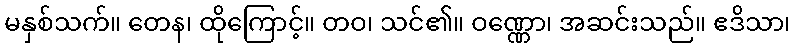
မနှစ်သက်။ တေန၊ ထိုကြောင့်။ တဝ၊ သင်၏။ ဝဏ္ဏော၊ အဆင်းသည်။ ဧဒိသာ၊